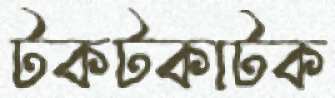
টকটকাটক